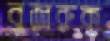
বুজরুক